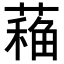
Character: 𦼁